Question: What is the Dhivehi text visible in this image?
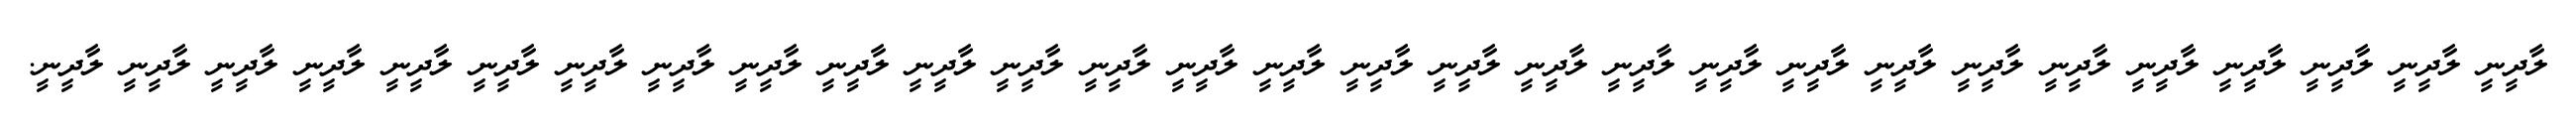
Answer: ލާދީނީ ލާދީނީ ލާދީނީ ލާދީނީ ލާދީނީ ލާދީނީ ލާދީނީ ލާދީނީ ލާދީނީ ލާދީނީ ލާދީނީ ލާދީނީ ލާދީނީ ލާދީނީ ލާދީނީ ލާދީނީ ލާދީނީ ލާދީނީ ލާދީނީ ލާދީނީ ލާދީނީ ލާދީނީ ލާދީނީ ލާދީނީ ލާދީނީ ލާދީނީ ލާދީނީ ލާދީނީ ލާދީނީ.